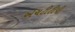
એચટીટીપી